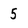
Character: 5